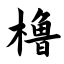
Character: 橹